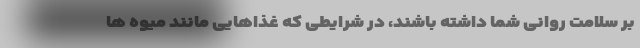
بر سلامت روانی شما داشته باشند، در شرایطی که غذاهایی مانند میوه ها